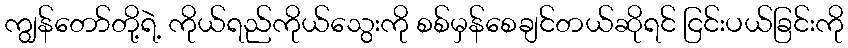
ကျွန်တော်တို့ရဲ့ ကိုယ်ရည်ကိုယ်သွေးကို စစ်မှန်စေချင်တယ်ဆိုရင် ငြင်းပယ်ခြင်းကို